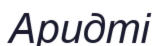
Аридті